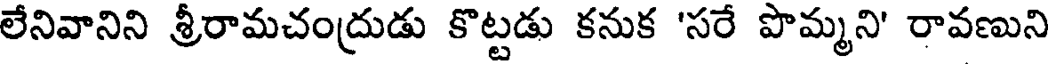
లేనివానిని శ్రీరామచంద్రుడు కొట్టడు కనుక 'సరే పొమ్మని' రావణుని